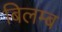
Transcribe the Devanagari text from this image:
बिलम्‍ब